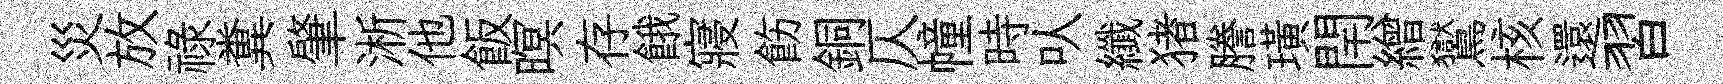
災放祿糞肇淅他飯暝存餓寢飭銅仄幢時㕥纖猪謄璜閈繒鸑核還習